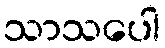
သာသပေါ